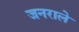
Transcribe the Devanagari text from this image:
जनराले